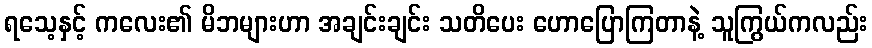
ရသေ့နှင့် ကလေး၏ မိဘများဟာ အချင်းချင်း သတိပေး ဟောပြောကြတာနဲ့ သူကြွယ်ကလည်း